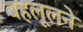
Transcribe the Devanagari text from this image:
बहलूलने